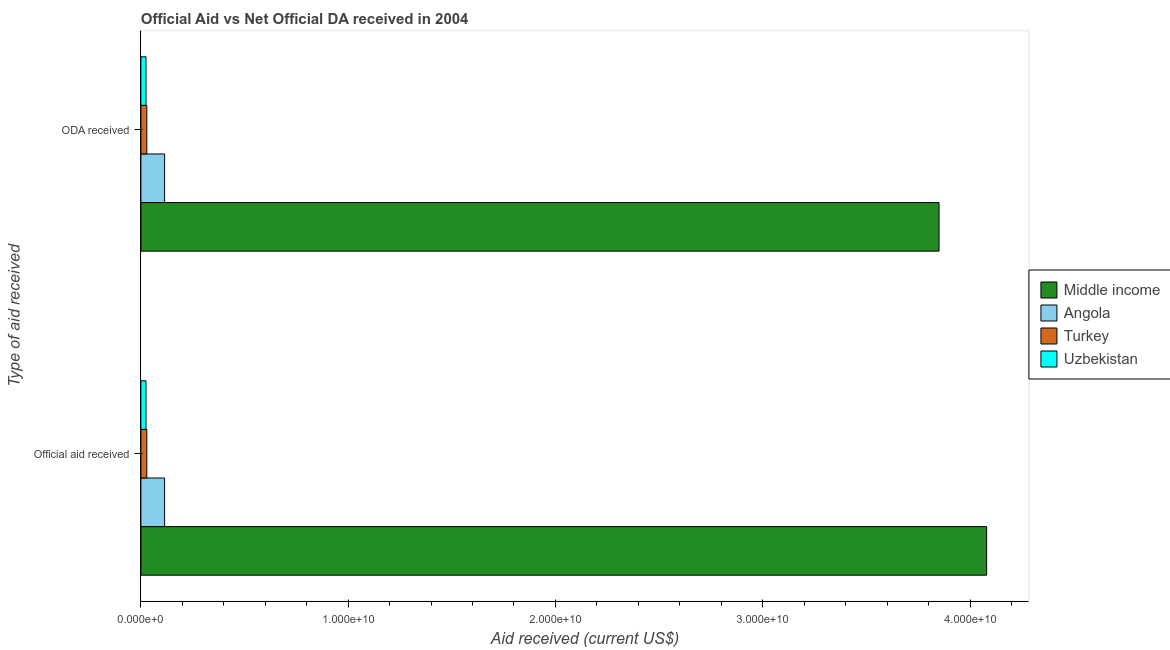
| Type of aid received | Middle income | Angola | Turkey | Uzbekistan |
 | --- | --- | --- | --- | --- |
 | Official aid received | 4.08e+10 | 1.14e+09 | 2.85e+08 | 2.46e+08 |
 | ODA received | 3.85e+10 | 1.14e+09 | 2.85e+08 | 2.46e+08 |